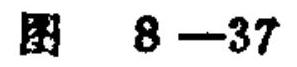
图 \(8 - 37\)